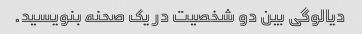
دیالوگی بین دو شخصیت در یک صحنه بنویسید.